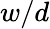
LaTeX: w/d